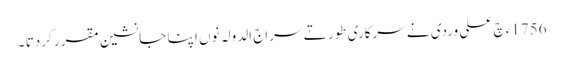
1756ء چ علی وردی نے سرکاری طور تے سراج الدولہ نوں ا پنا جانشین مقرر کردتا ۔